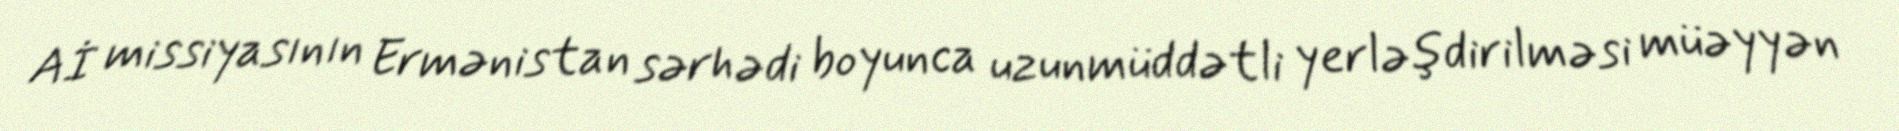
Aİ missiyasının Ermənistan sərhədi boyunca uzunmüddətli yerləşdirilməsi müəyyən